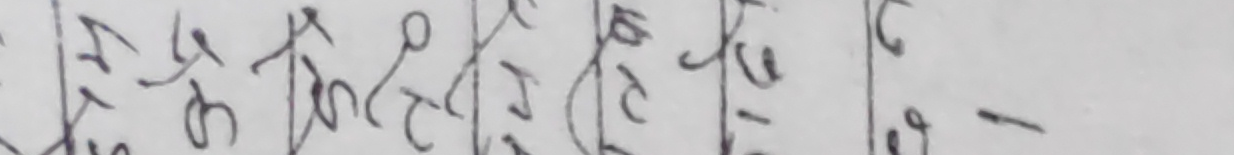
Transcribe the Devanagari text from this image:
मुको १/६ गुको १/२ रुको १/३ रको १/४ को १/५ र ओ १/६ १ १